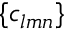
\{ c _ { l m n } \}